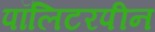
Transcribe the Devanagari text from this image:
पॉलिटरपीन